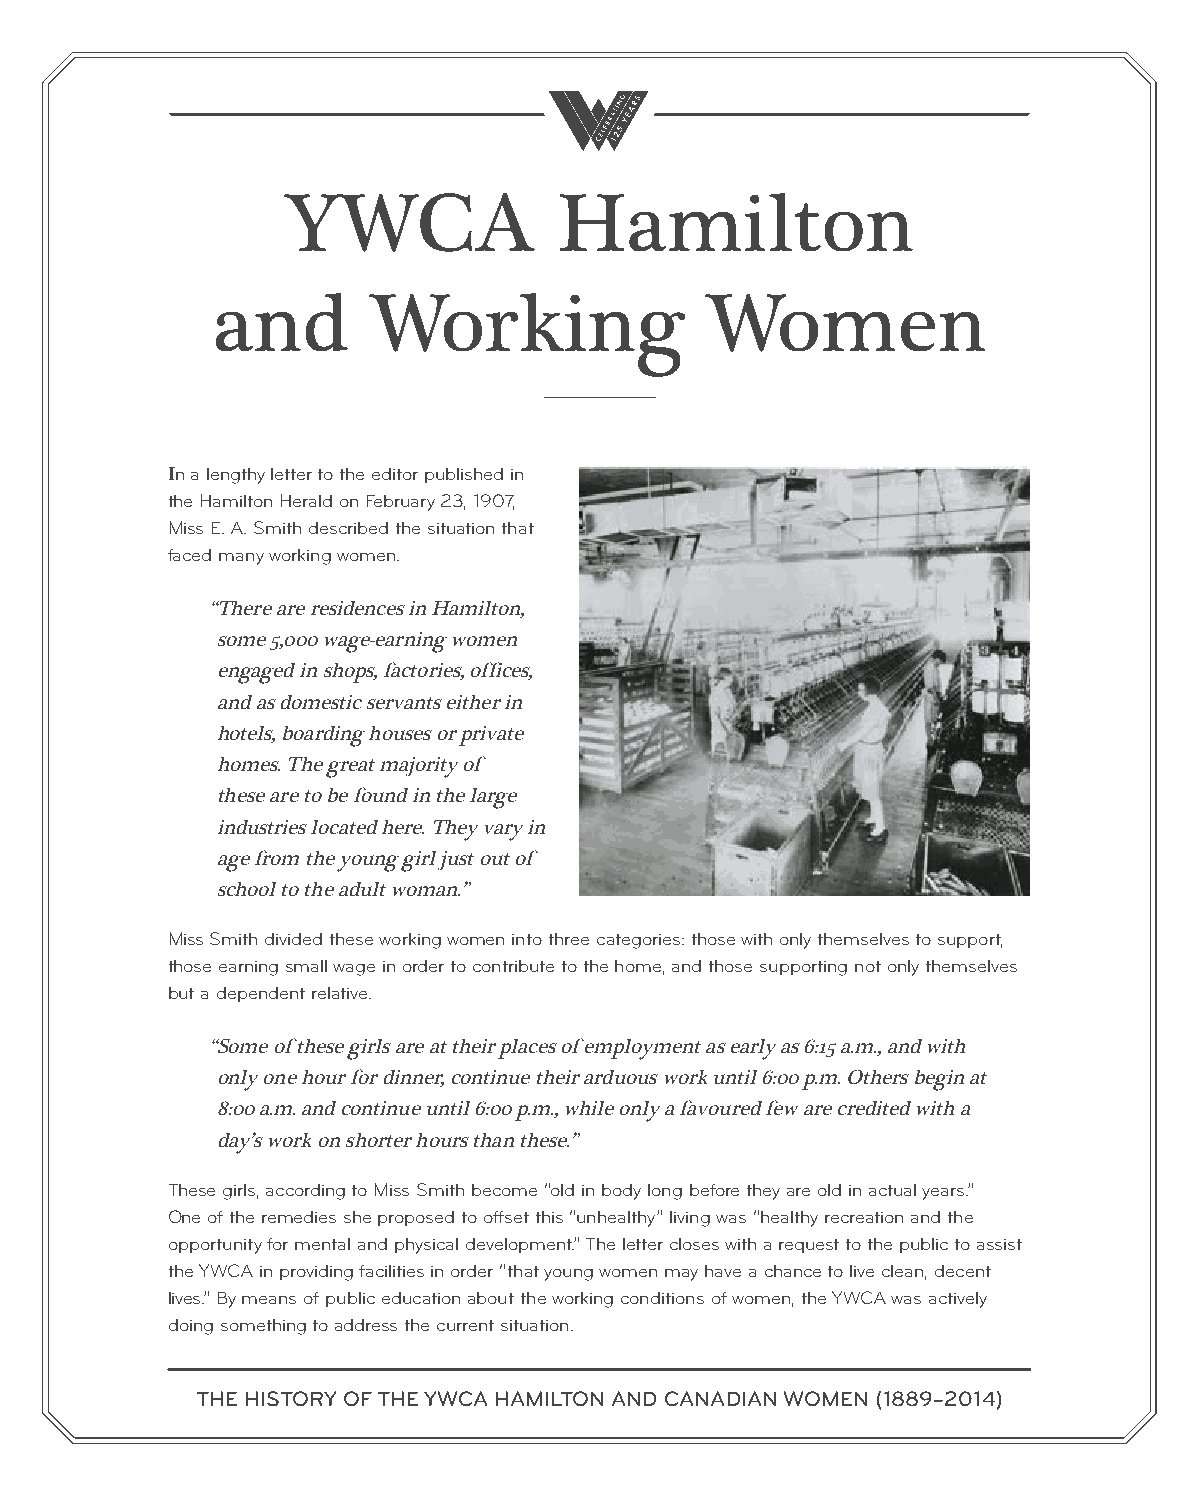
YWCA              Hamilton
 and        Working               Women
 In a lengthy letter to the editor published in
 the Hamilton Herald on February 23, 1907,
 Miss E. A. Smith described the situation that
 faced many working women.
 “ There are residences in Hamilton,
 some 5,000 wage-earning women
 engaged in shops, factories, offices,
 and as domestic servants either in
 hotels, boarding houses or private
 homes. The great majority of
 these are to be found in the large
 industries located here. They vary in
 age from the young girl just out of
 school to the adult woman.”
 Miss Smith divided these working women into three categories: those with only themselves to support,
 those earning small wage in order to contribute to the home, and those supporting not only themselves
 but a dependent relative.
 “ Some of these girls are at their places of employment as early as 6:15 a.m., and with
 only one hour for dinner, continue their arduous work until 6:00 p.m. Others begin at
 8:00 a.m. and continue until 6:00 p.m., while only a favoured few are credited with a
 day’s work on shorter hours than these.”
 These girls, according to Miss Smith become “old in body long before they are old in actual years.”
 One of the remedies she proposed to offset this “unhealthy” living was “healthy recreation and the
 opportunity for mental and physical development.” The letter closes with a request to the public to assist
 the YWCA in providing facilities in order “that young women may have a chance to live clean, decent
 lives.” By means of public education about the working conditions of women, the YWCA was actively
 doing something to address the current situation.
 THE HISTORY OF THE YWCA HAMILTON AND CANADIAN WOMEN (1889–2014)